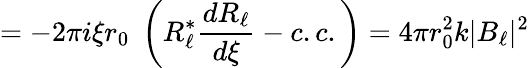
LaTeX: =-2\pi i\xi r_{0}\; \left(R_{\ell}^{\ast}{\frac{dR_{\ell}}{d\xi}}-c.c.\right)=4\pi r_{0}^{2}k|B_{\ell}|^{2}